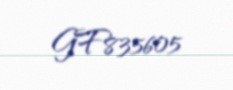
GF835605